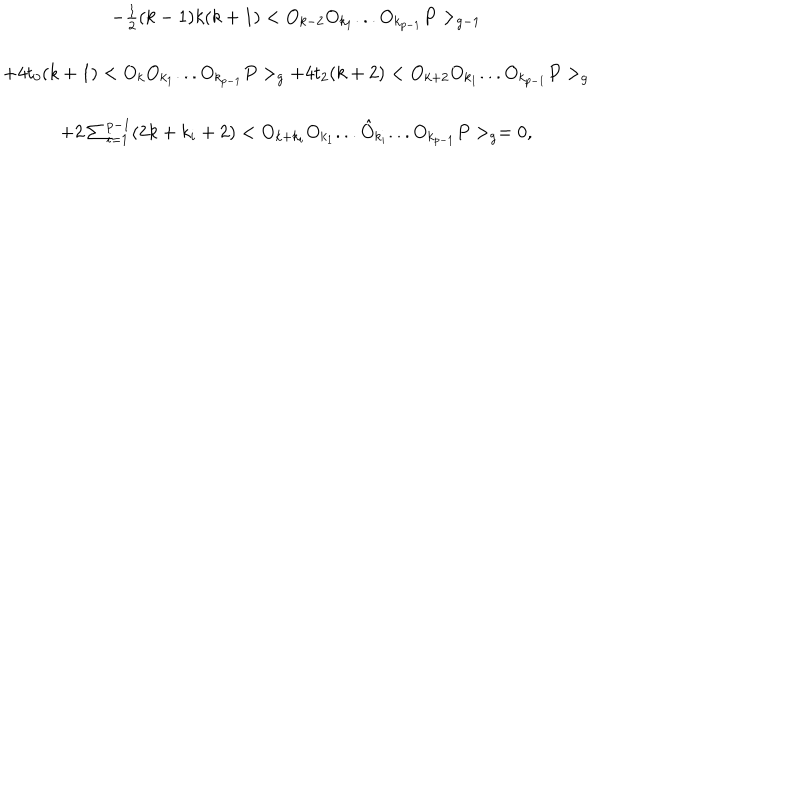
LaTeX: \begin{array} { c } { { - \frac { 1 } { 2 } ( k - 1 ) k ( k + 1 ) < O _ { k - 2 } O _ { k _ { 1 } } . . . O _ { k _ { p - 1 } } P > _ { g - 1 } } } \\ { { + 4 t _ { 0 } ( k + 1 ) < O _ { k } O _ { k _ { 1 } } . . . O _ { k _ { p - 1 } } P > _ { g } + 4 t _ { 2 } ( k + 2 ) < O _ { k + 2 } O _ { k _ { 1 } } . . . O _ { k _ { p - 1 } } P > _ { g } } } \\ { { + 2 \sum _ { i = 1 } ^ { p - 1 } ( 2 k + k _ { i } + 2 ) < O _ { k + k _ { i } } O _ { k _ { 1 } } . . . \hat { O } _ { k _ { i } } . . . O _ { k _ { p - 1 } } P > _ { g } = 0 , } } \\ \end{array}